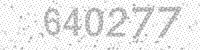
Solution: 640277